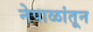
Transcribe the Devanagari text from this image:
नेपाळांतून